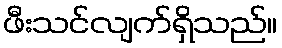
ဖီးသင်လျက်ရှိသည်။